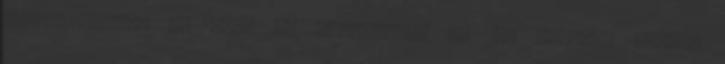
kongresszuson 80 tót, 35 rác-horvát és 160 lengyel tanító